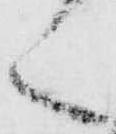
く